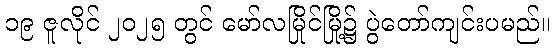
၁၉ ဇူလိုင် ၂၀၂၅ တွင် မော်လမြိုင်မြို့၌ ပွဲတော်ကျင်းပမည်။